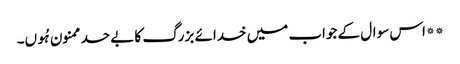
**اس سوال کے جواب میں خدائے بزرگ کا بے حد ممنون ہُوں۔